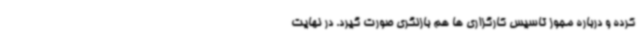
کرده و درباره مجوز تاسیس کارگزاری ها هم بازنگری صورت گیرد. در نهایت